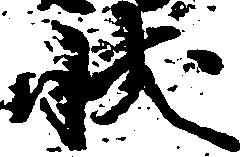
状